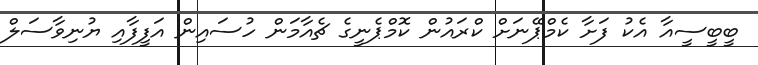
ބީބީސީއާ އެކު ފަށާ ކެމްޕޭނަށް ކްރައުން ކޮމްޕެނީގެ ޗެއާމަން ހުސައިން އަފީފާއި ޔުނިވާސަލް